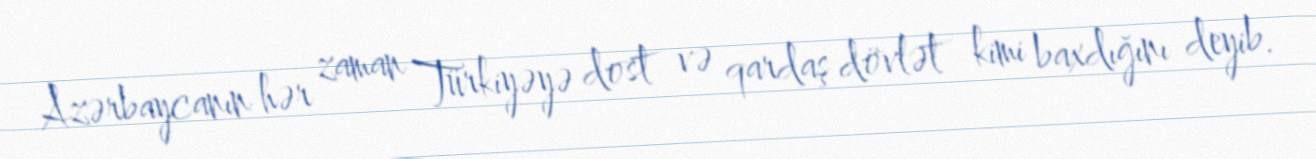
Azərbaycanın hər zaman Türkiyəyə dost və qardaş dövlət kimi baxdığını deyib.